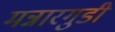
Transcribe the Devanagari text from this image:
मन्नारगुडी